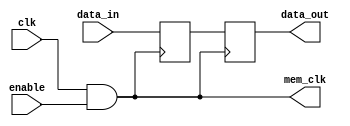
module MemoryBlockClockGating (
    input wire clk,               // Main clock signal
    input wire enable,            // Enable signal for clock gating
    input wire [7:0] data_in,     // Data input for memory operations
    output wire [7:0] data_out,   // Data output from memory operations
    output wire mem_clk           // Gated clock signal for memory
);

  // Clock Gating Cell
  wire gated_clk;

  // Gating logic: Gated clock is the AND of the enable signal and the main clock
  assign gated_clk = clk & enable;

  // Memory Array
  reg [7:0] memory_array [0:255]; // Example memory array of 256 bytes

  // Write operation (Triggered on rising edge of gated_clk)
  always @(posedge gated_clk) begin
      // Example: Assuming a simple write operation to address 0
      memory_array[0] <= data_in; // Writing data_in to memory address 0
  end

  // Read operation (Triggered on falling edge of gated_clk)
  always @(negedge gated_clk) begin
      // Example: Reading data from address 0
      data_out <= memory_array[0]; // Reading data from memory address 0
  end

  // Assigning the gated clock signal to an output for verification purposes
  assign mem_clk = gated_clk;

endmodule